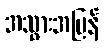
အသွားအပြန်